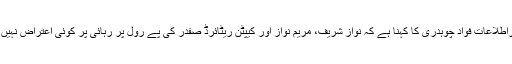
وزیراطلاعات فواد چوہدری کا کہنا ہے کہ نواز شریف، مریم نواز اور کیپٹن ریٹائرڈ صفدر کی پے رول پر رہائی پر کوئی اعتراض نہیں ہے۔